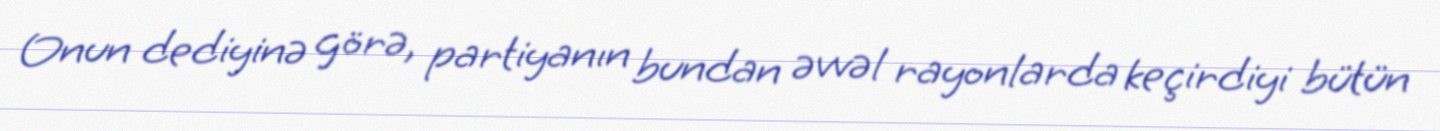
Onun dediyinə görə, partiyanın bundan əvvəl rayonlarda keçirdiyi bütün